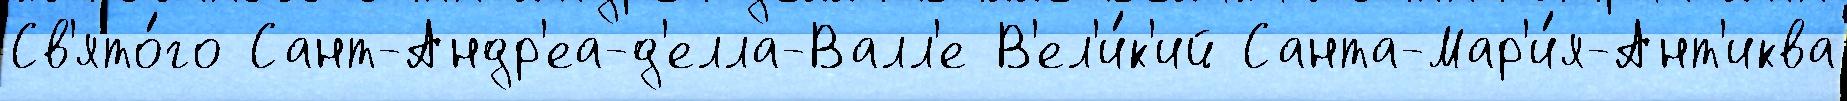
Св'ято́го Сант-Андр'еа-д'елла-Валл'е В'ел'и́к'ий Санта-Мар'и́я-Ант'иква